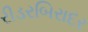
રીડરબિરાદર